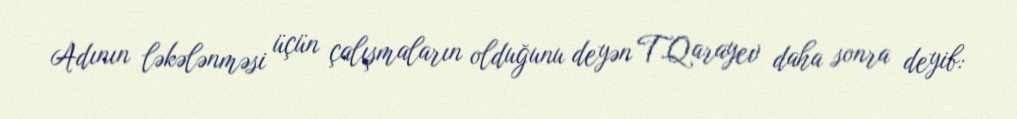
Adının ləkələnməsi üçün çalışmaların olduğunu deyən T.Qarayev daha sonra deyib: